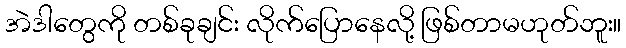
အဲဒါတွေကို တစ်ခုချင်း လိုက်ပြောနေလို့ ဖြစ်တာမဟုတ်ဘူး။